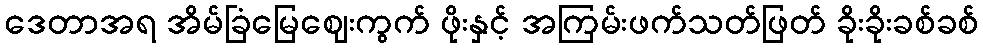
ဒေတာအရ အိမ်ခြံမြေဈေးကွက် ဖိုးနှင့် အကြမ်းဖက်သတ်ဖြတ် ခိုးခိုးခစ်ခစ်